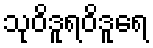
သုဝိဒူရဝိဒူရေ